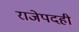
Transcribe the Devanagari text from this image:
राजेपदही